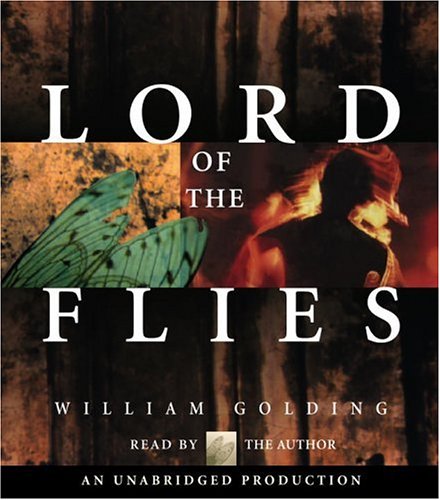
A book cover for Lord of the Flies; William Golding; Teen & Young Adult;